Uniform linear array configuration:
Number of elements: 64
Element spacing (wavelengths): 0.5
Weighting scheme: kaiser
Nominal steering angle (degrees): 30
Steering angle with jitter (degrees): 29.335
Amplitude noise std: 0.05
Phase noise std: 0.05

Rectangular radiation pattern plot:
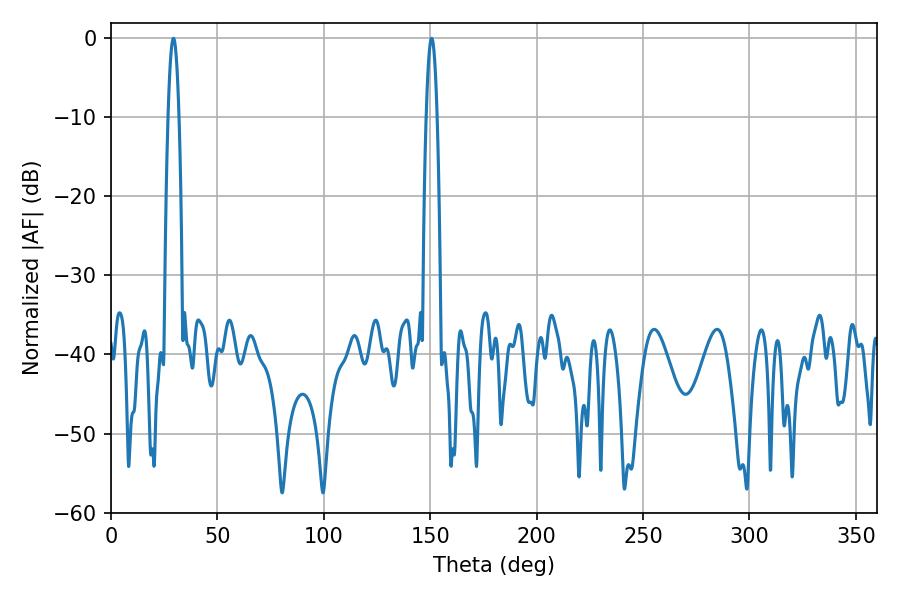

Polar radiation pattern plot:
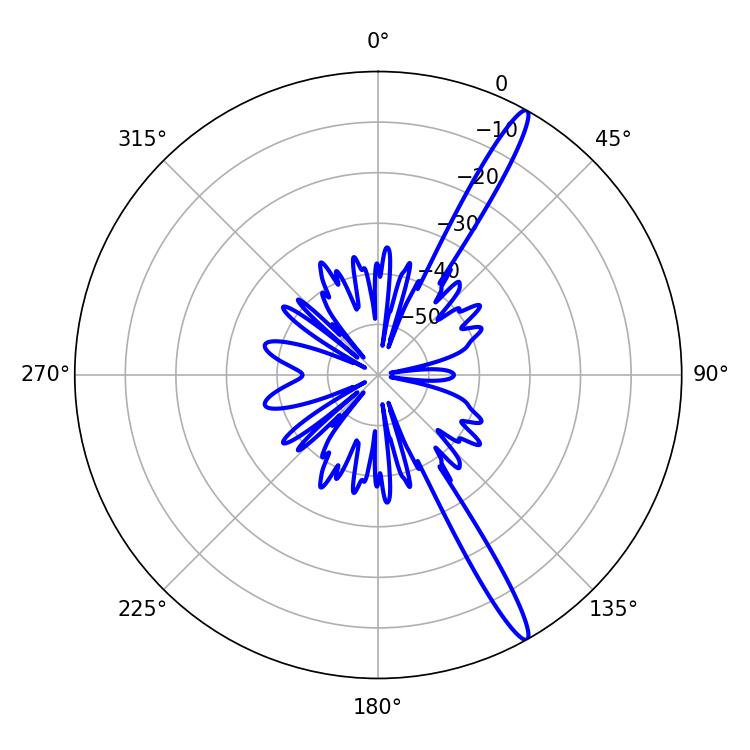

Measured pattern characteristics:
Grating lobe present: FALSE
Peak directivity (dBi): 15.799
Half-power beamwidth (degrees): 2.88
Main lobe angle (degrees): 29.34